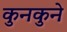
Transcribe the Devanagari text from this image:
कुनकुने